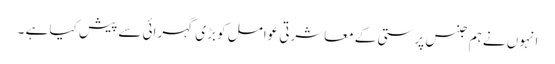
انہوں نے ہم جنس پرستی کے معاشرتی عوامل کو بڑی گہرائی سے پیش کیا ہے ۔